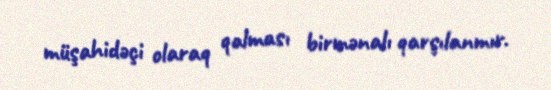
müşahidəçi olaraq qalması birmənalı qarşılanmır.